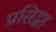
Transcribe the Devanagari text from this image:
प्रसिद्धह